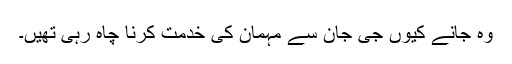
وہ جانے کیوں جی جان سے مہمان کی خدمت کرنا چاہ رہی تھیں۔